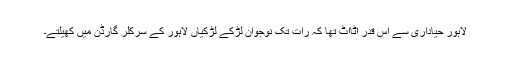
لاہور حیاداری سے اس قدر اٹااٹ تھا کہ رات تک نوجوان لڑکے لڑکیاں لاہور کے سرکلر گارڈن میں کھیلتے۔